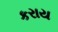
કરાય